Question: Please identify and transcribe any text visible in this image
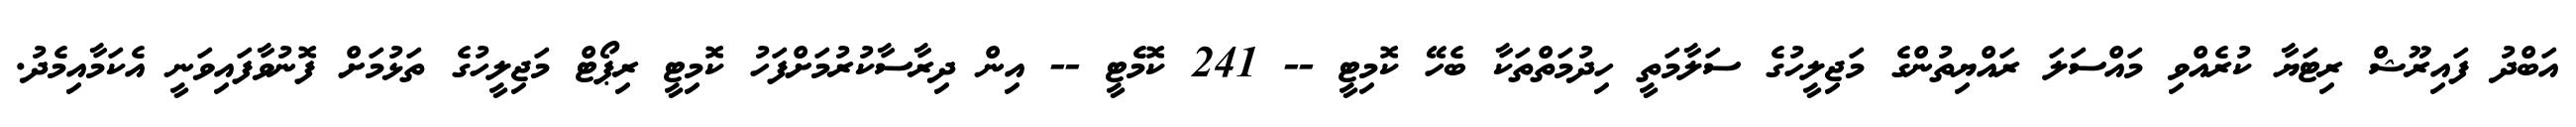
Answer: އަބްދު ފައިރޫޝް ރިޓަޔާ ކުރެއްވި މައްސަލަ ރައްޔިތުންގެ މަޖިލީހުގެ ސަލާމަތީ ހިދުމަތްތަކާ ބެހޭ ކޮމިޓީ -- 241 ކޮމެޓީ -- އިން ދިރާސާކުރުމަށްފަހު ކޮމިޓީ ރިޕޯޓް މަޖިލީހުގެ ތަޅުމަށް ފޮނުވާފައިވަނީ އެކަމާއިމެދު.